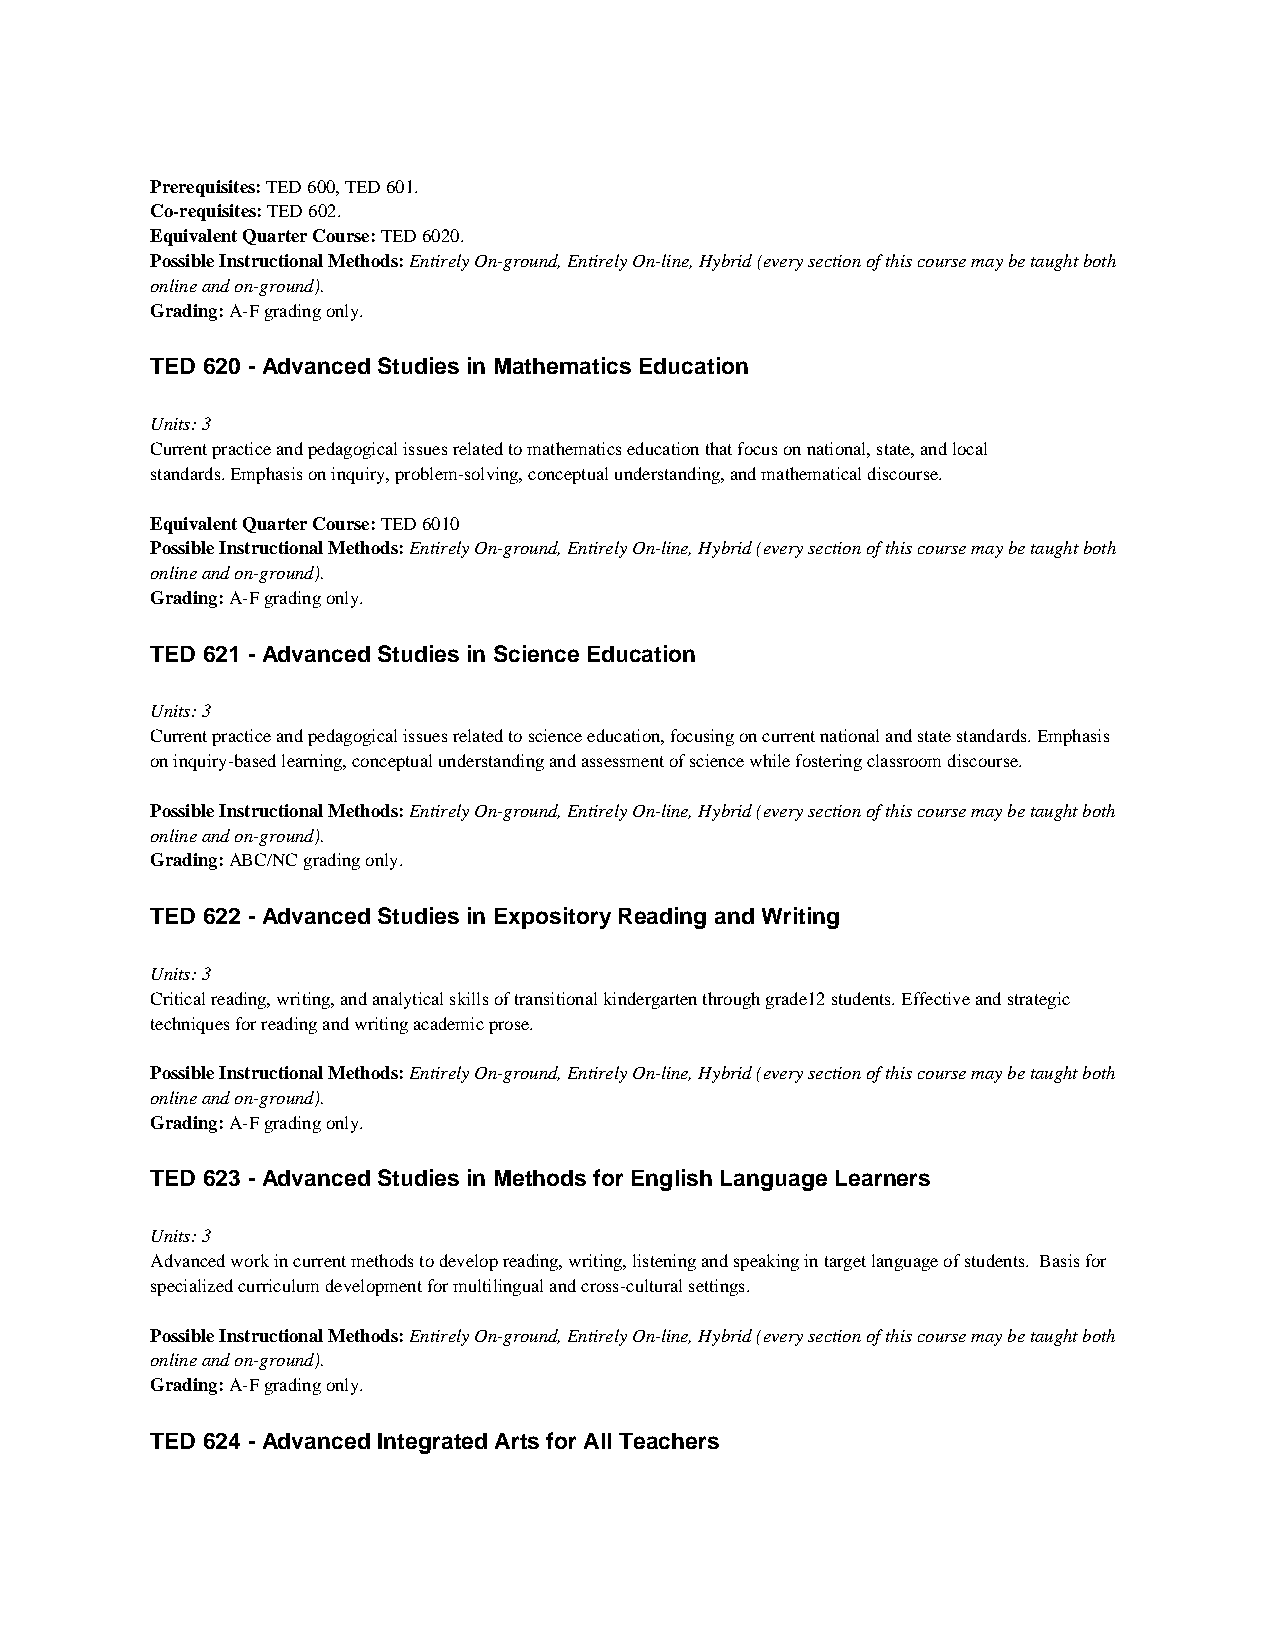
Prerequisites: TED 600, TED 601.
 Co-requisites: TED 602.
 Equivalent Quarter Course: TED 6020.
 Possible Instructional Methods: Entirely On-ground, Entirely On-line, Hybrid (every section of this course may be taught both
 online and on-ground).
 Grading: A-F grading only.
 TED 620 - Advanced Studies in Mathematics Education
 Units: 3
 Current practice and pedagogical issues related to mathematics education that focus on national, state, and local
 standards. Emphasis on inquiry, problem-solving, conceptual understanding, and mathematical discourse.
 Equivalent Quarter Course: TED 6010
 Possible Instructional Methods: Entirely On-ground, Entirely On-line, Hybrid (every section of this course may be taught both
 online and on-ground).
 Grading: A-F grading only.
 TED 621 - Advanced Studies in Science Education
 Units: 3
 Current practice and pedagogical issues related to science education, focusing on current national and state standards. Emphasis
 on inquiry-based learning, conceptual understanding and assessment of science while fostering classroom discourse.
 Possible Instructional Methods: Entirely On-ground, Entirely On-line, Hybrid (every section of this course may be taught both
 online and on-ground).
 Grading: ABC/NC grading only.
 TED 622 - Advanced Studies in Expository Reading and Writing
 Units: 3
 Critical reading, writing, and analytical skills of transitional kindergarten through grade12 students. Effective and strategic
 techniques for reading and writing academic prose.
 Possible Instructional Methods: Entirely On-ground, Entirely On-line, Hybrid (every section of this course may be taught both
 online and on-ground).
 Grading: A-F grading only.
 TED 623 - Advanced Studies in Methods for English Language Learners
 Units: 3
 Advanced work in current methods to develop reading, writing, listening and speaking in target language of students. Basis for
 specialized curriculum development for multilingual and cross-cultural settings.
 Possible Instructional Methods: Entirely On-ground, Entirely On-line, Hybrid (every section of this course may be taught both
 online and on-ground).
 Grading: A-F grading only.
 TED 624 - Advanced Integrated Arts for All Teachers